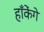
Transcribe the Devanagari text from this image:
हाँकेंगे